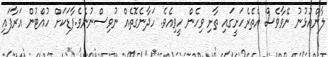
ލާންއުޅުނު ނޭވާވެސް އެތެރެހަށީގައި ތާށި ވިހެން ހީވިއެވެ. ހަދާނެގޮތެއް ނުވިސްނުނެވެ.ފާޑަކަށް ހުއްޓުން އަރާފައި